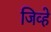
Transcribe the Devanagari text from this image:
जिव्हे